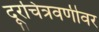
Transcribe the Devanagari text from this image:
दूरचित्रवणीवर